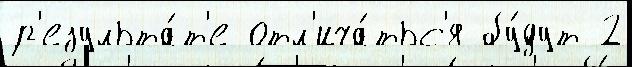
р'езульта́т'е отл'ича́тьс'я бу́дут 2